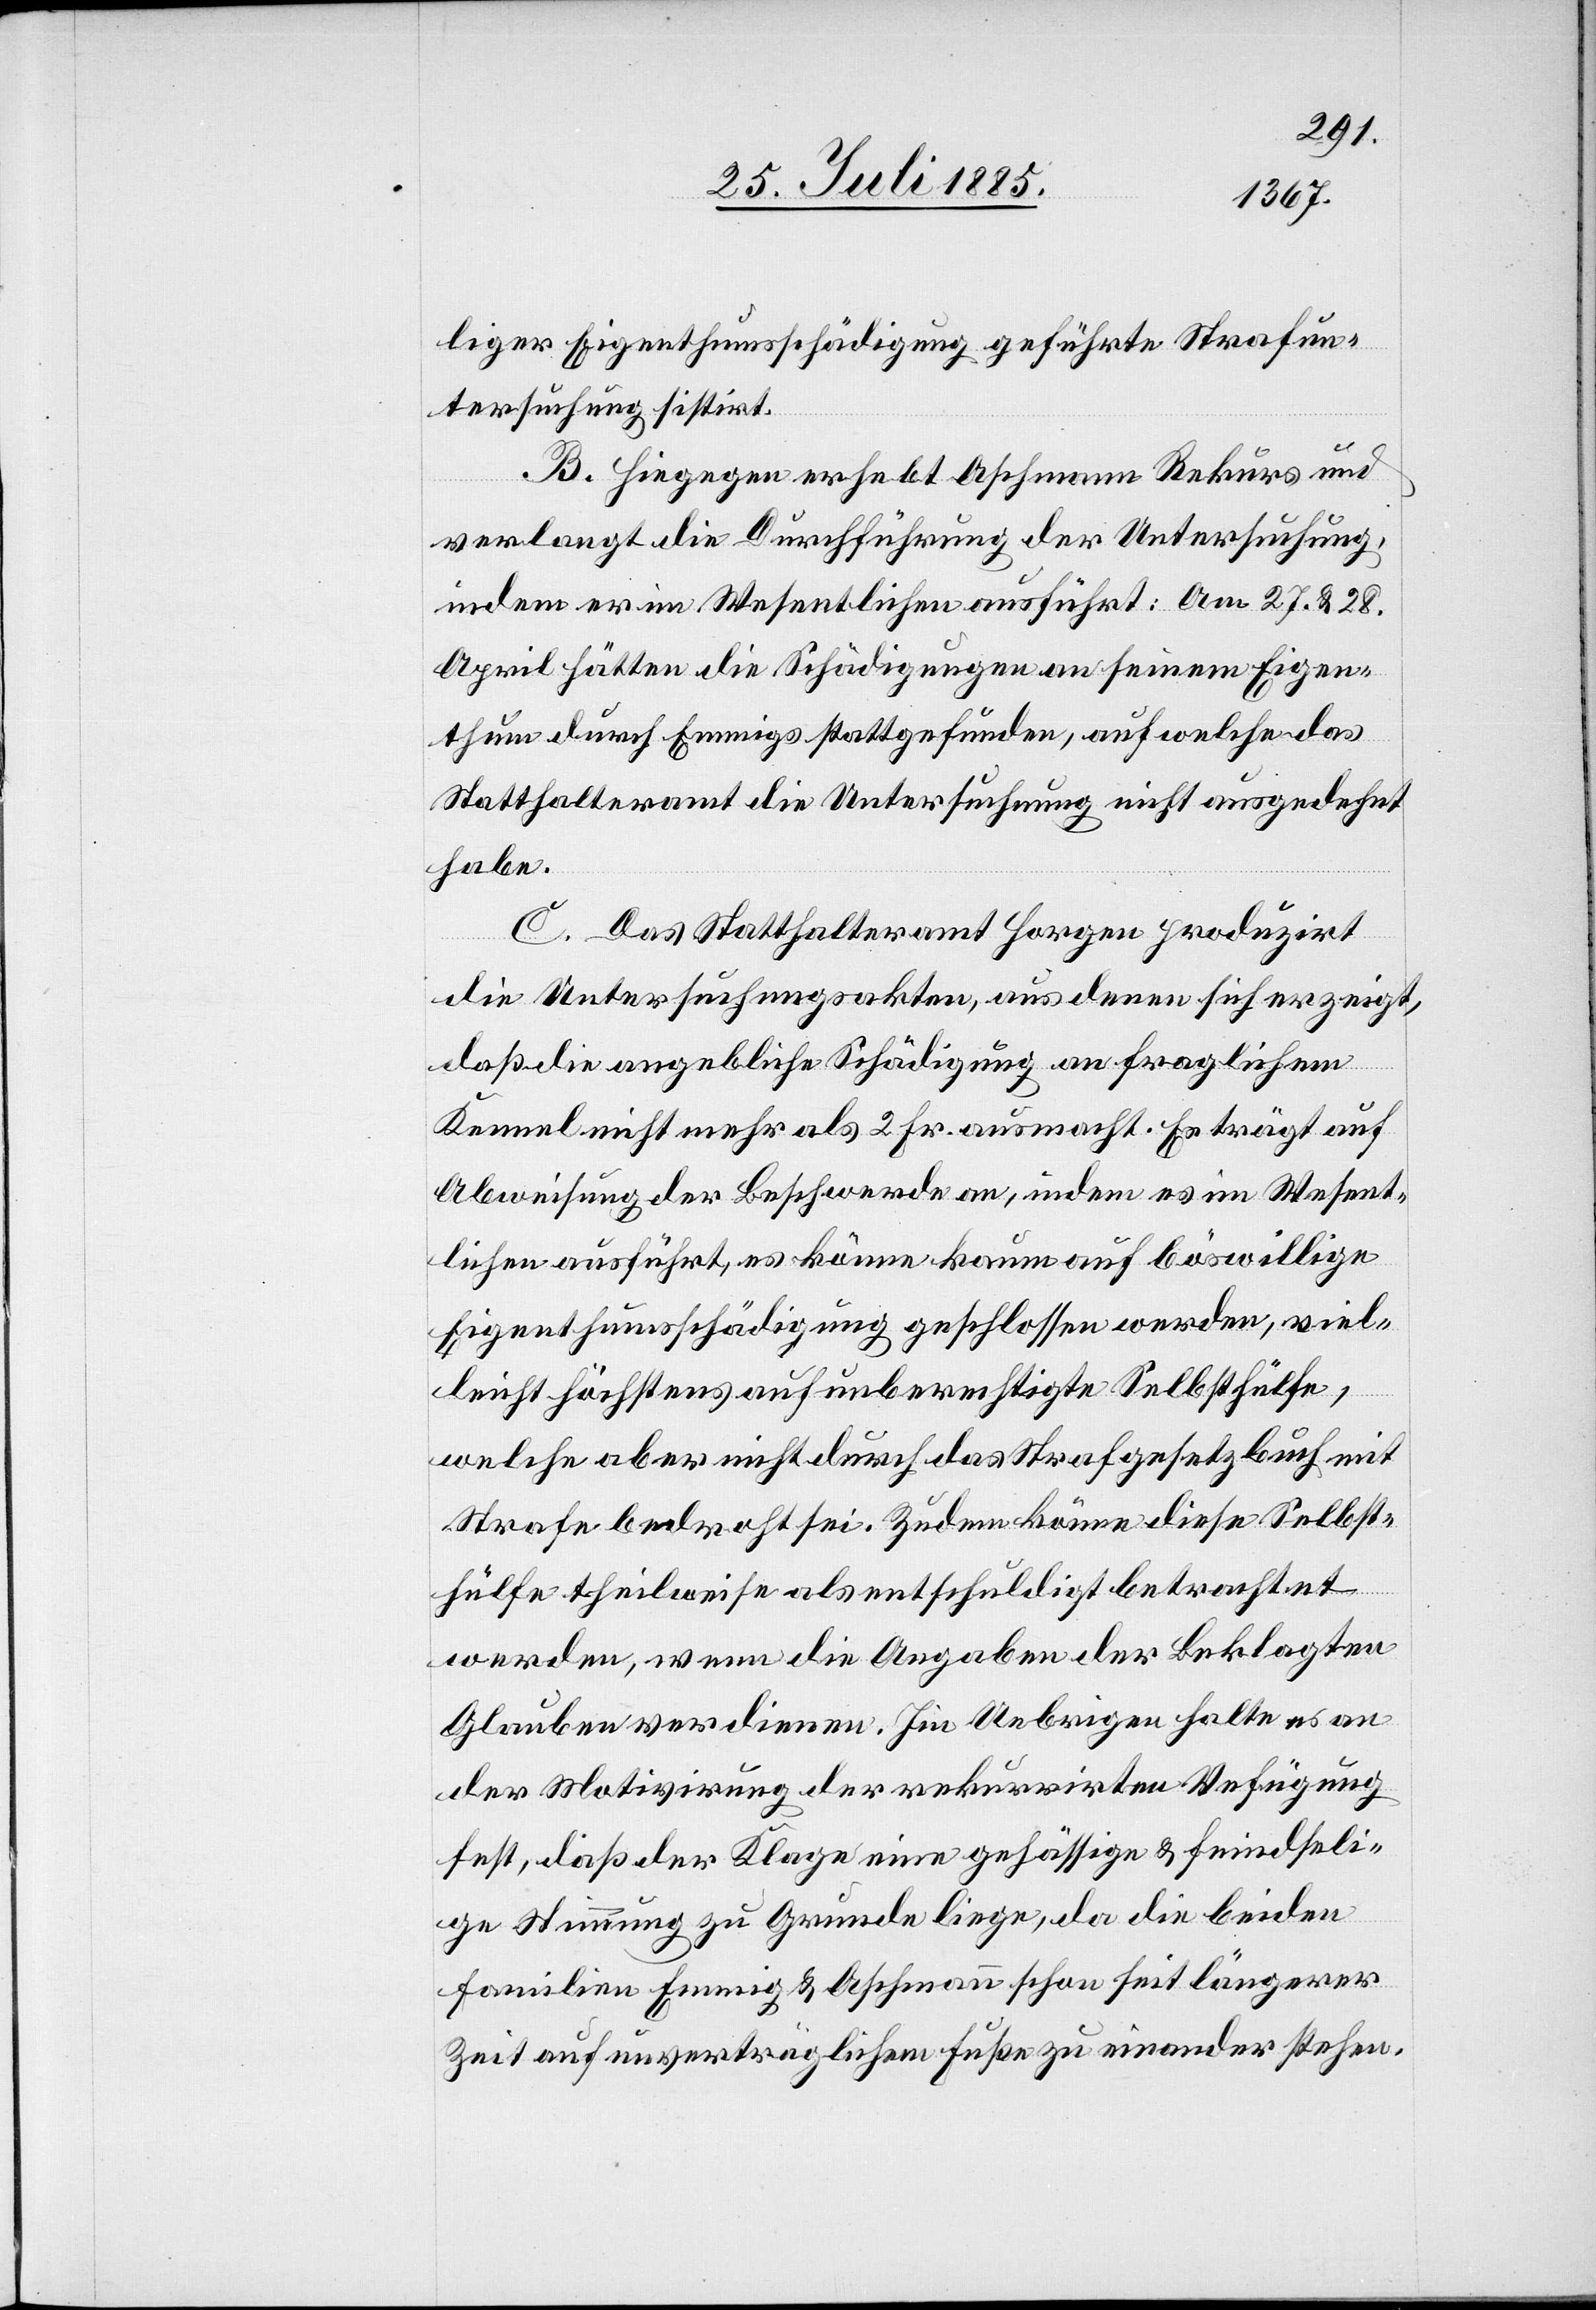
liger Eigenthumsschädigung geführte Strafun¬
tersuchung sistirt.
B. Hiegegen erhebt Aschmann Rekurs und
verlangt die Durchführung der Untersuchung,
indem er im Wesentlichen ausführt: Am 27. & 28.
April hätten die Schädigungen an seinem Eigen¬
thum durch Emmigs stattgefunden, auf welche das
Statthalteramt die Untersuchung nicht ausgedehnt
habe.
C. Das Statthalteramt Horgen produzirt
die Untersuchungsakten, aus denen sich erzeigt,
daß die angebliche Schädigung an fraglichem
Kennel nicht mehr als 2 Fr. ausmacht. Es trägt auf
Abweisung der Beschwerde an, indem es im Wesent¬
lichen ausführt, es könne kaum auf böswillige
Eigenthumsschädigung geschlossen werden, viel¬
leicht höchstens auf unberechtigte Selbsthülfe,
welche aber nicht durch das Strafgesetzbuch mit
Strafe bedroht sei. Zudem könne diese Selbst¬
hülfe theilweise als entschuldigt betrachtet
werden, wenn die Angaben der Beklagten
Glauben verdienen. Im Uebrigen halte es an
der Motivirung der rekurrirten Ve[r]fügung
fest, daß der Klage eine gehässige & feindli¬
che Stimmung zu Grunde liege, da die beiden
Familien Emmig & Aschmann schon seit längerer
Zeit auf unverträglichem Fuße zu einander stehen.